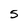
Character: 5